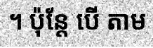
។ ប៉ុន្តែ បើ តាម